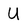
Character: U